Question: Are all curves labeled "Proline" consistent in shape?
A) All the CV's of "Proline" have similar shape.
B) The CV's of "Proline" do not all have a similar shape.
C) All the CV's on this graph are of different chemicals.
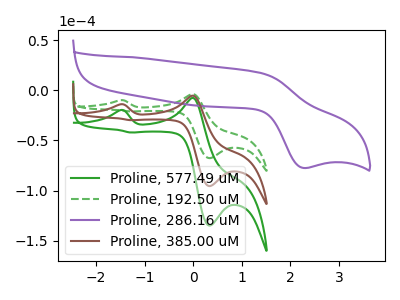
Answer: <think>The green curve "Proline, 577.49 uM" has anodic peaks at (-1.50V, -28.10uA) (0.00V, -10.90uA) and cathodic peaks at (0.35V, -191.20uA) (-1.30V, -59.75uA). The green dashed curve "Proline, 192.50 uM" has anodic peaks at (-1.50V, -9.95uA) (0.00V, -3.85uA) and cathodic peaks at (0.35V, -67.70uA) (-1.30V, -21.15uA). The purple curve "Proline, 286.16 uM" has an anodic peak at (1.40V, 17.15uA) and a cathodic peak at (2.25V, -77.55uA). The brown curve "Proline, 385.00 uM" has anodic peaks at (-1.50V, -14.05uA) (0.00V, -5.45uA) and cathodic peaks at (0.35V, -95.60uA) (-1.30V, -29.85uA).
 All the peaks in "Proline, 577.49 uM" have a peak in "Proline, 192.50 uM" at the same potential. "Proline, 577.49 uM" and "Proline, 286.16 uM" have a different number of peaks. All the peaks in "Proline, 577.49 uM" have a peak in "Proline, 385.00 uM" at the same potential. "Proline, 192.50 uM" and "Proline, 286.16 uM" have a different number of peaks. All the peaks in "Proline, 192.50 uM" have a peak in "Proline, 385.00 uM" at the same potential. "Proline, 286.16 uM" and "Proline, 385.00 uM" have a different number of peaks.</think>
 <answer>A) All the CV's of "Proline" have similar shape.</answer>
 <eval>A</eval>